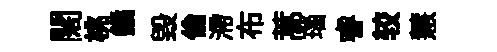
闊桃鐍毁倫滯布蒿瑙睿较慧